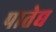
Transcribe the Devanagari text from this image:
पातेद्य